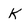
Character: k